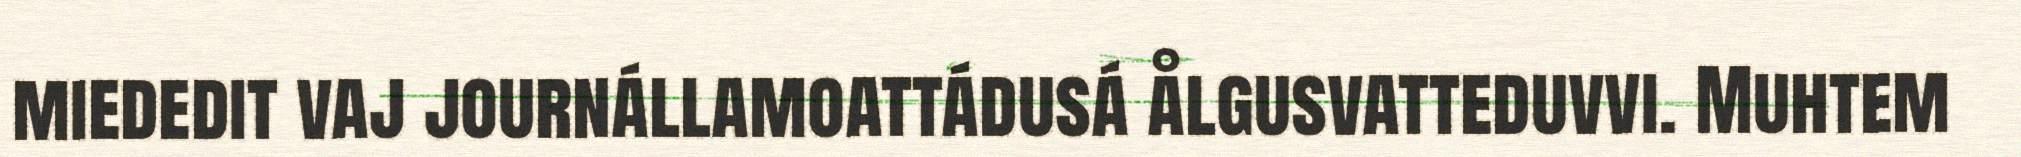
miededit vaj journállamoattádusá ålgusvatteduvvi. Muhtem